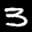
Label: 3